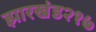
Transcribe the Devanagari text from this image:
झारखंड२१७